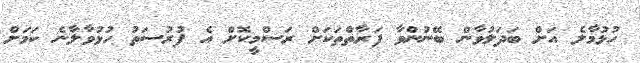
ހުޅުމާލެ އަށް ބަދަލުވާން ބޭނުންވާ ފަރާތްތަކަށް ރަސްމީކޮށް އެ ފުރުސަތު ހުޅުވާލާނެ ކަމަށް